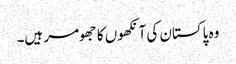
وہ پاکستان کی آنکھوں کا جھومر ہیں۔